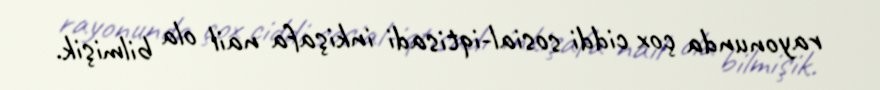
rayonunda çox ciddi sosial-iqtisadi inkişafa nail ola bilmişik.